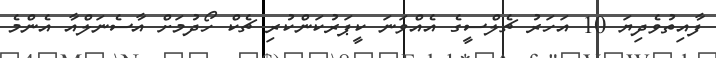
ފާއިތުވެދިޔަ 10 އަހަރު ޗެލްސީގެ އެއްވަނަ ކީޕަރުކަންކުރި ޗެކް ހޯދުމަށް އާސެނަލްއާ އެންމެ